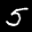
Label: 5